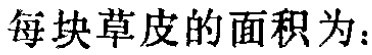
每块草皮的面积为：